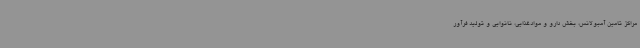
مراکز تامین آمبولانس، بخش دارو و موادغذایی، نانوایی و تولید فرآور